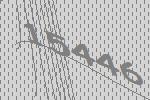
15446